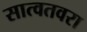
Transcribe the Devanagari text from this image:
सात्वतवरा